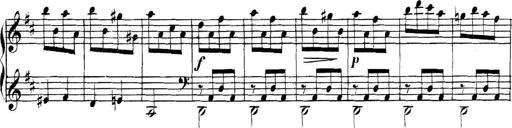
Title: Collected Piano Sonatas
Composer: Muzio Clementi